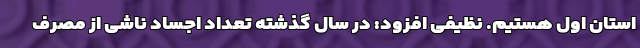
استان اول هستیم. نظیفی افزود: در سال گذشته تعداد اجساد ناشی از مصرف